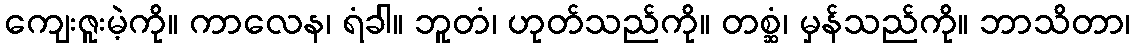
ကျေးဇူးမဲ့ကို။ ကာလေန၊ ရံခါ။ ဘူတံ၊ ဟုတ်သည်ကို။ တစ္ဆံ၊ မှန်သည်ကို။ ဘာသိတာ၊